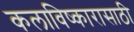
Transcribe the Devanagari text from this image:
कलाविष्कारासाठी